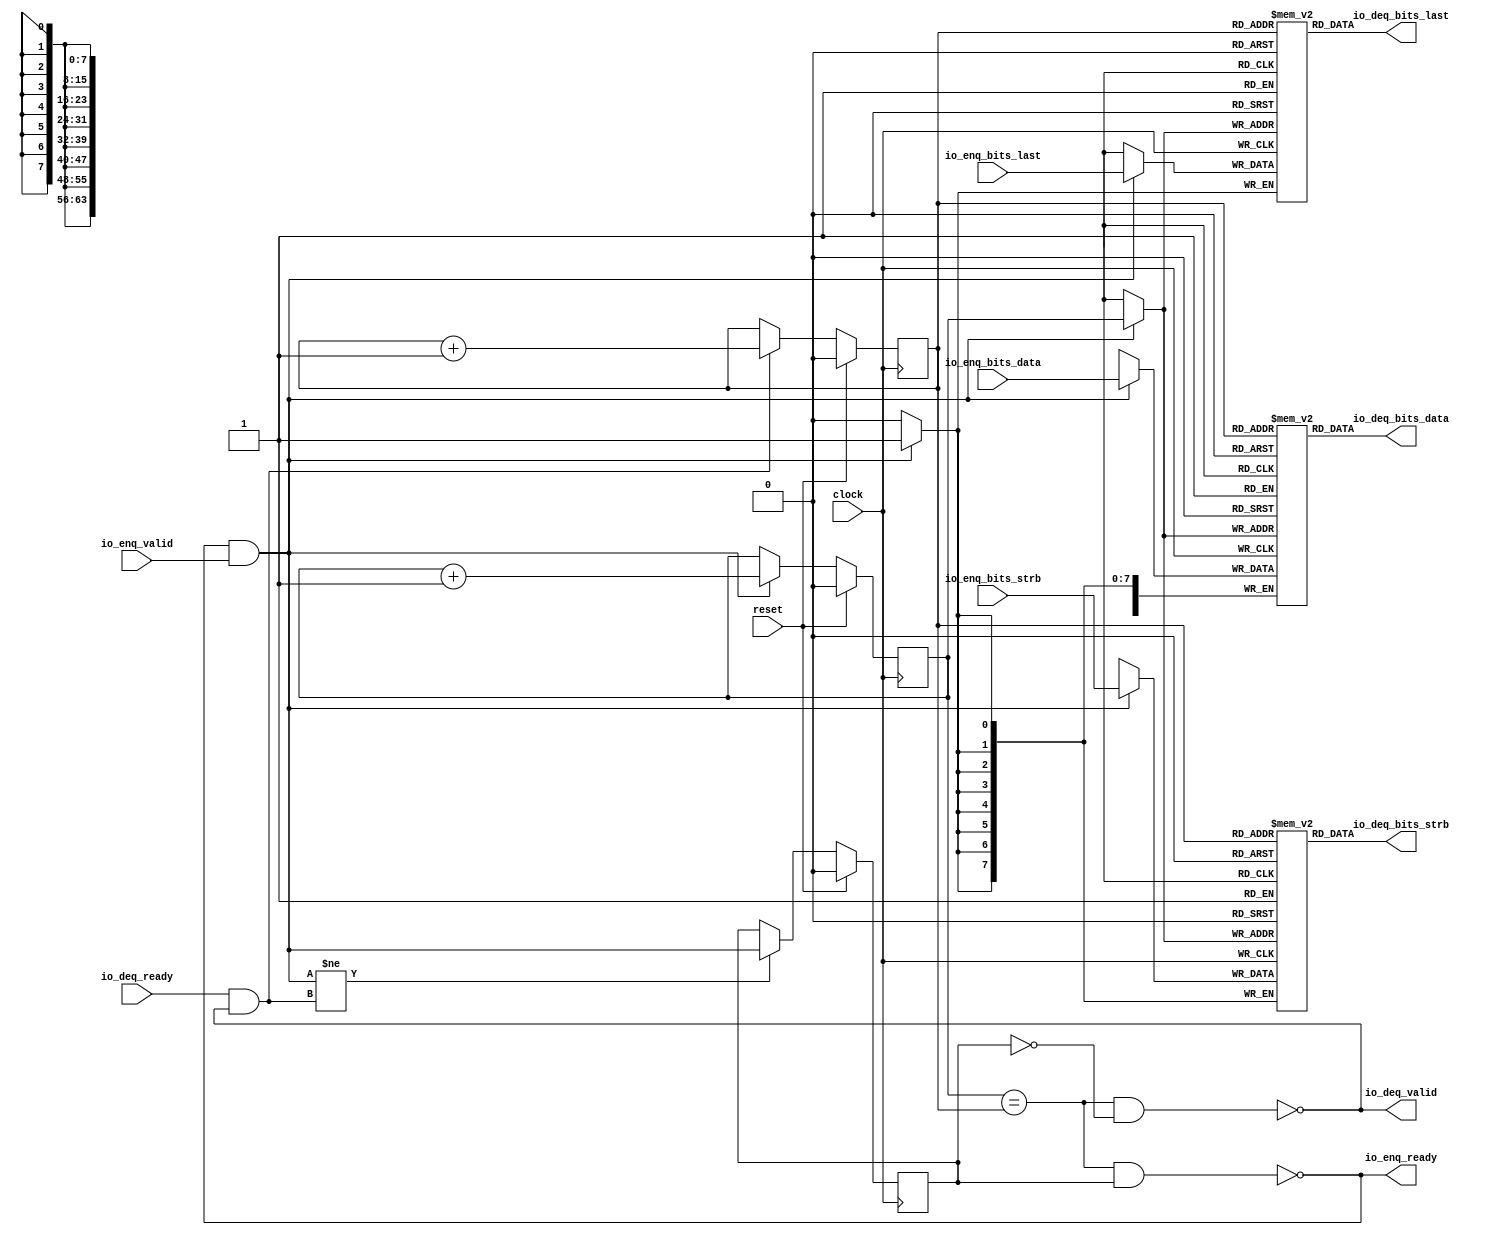
// Copyright (c) 2017, Microsemi Corporation
// All rights reserved.
//
// Redistribution and use in source and binary forms, with or without
// modification, are permitted provided that the following conditions are met:
//     * Redistributions of source code must retain the above copyright
//       notice, this list of conditions and the following disclaimer.
//     * Redistributions in binary form must reproduce the above copyright
//       notice, this list of conditions and the following disclaimer in the
//       documentation and/or other materials provided with the distribution.
//     * Neither the name of the <organization> nor the
//       names of its contributors may be used to endorse or promote products
//       derived from this software without specific prior written permission.
//
// THIS SOFTWARE IS PROVIDED BY THE COPYRIGHT HOLDERS AND CONTRIBUTORS "AS IS" AND
// ANY EXPRESS OR IMPLIED WARRANTIES, INCLUDING, BUT NOT LIMITED TO, THE IMPLIED
// WARRANTIES OF MERCHANTABILITY AND FITNESS FOR A PARTICULAR PURPOSE ARE
// DISCLAIMED. IN NO EVENT SHALL MICROSEMI CORPORATIONM BE LIABLE FOR ANY
// DIRECT, INDIRECT, INCIDENTAL, SPECIAL, EXEMPLARY, OR CONSEQUENTIAL DAMAGES
// (INCLUDING, BUT NOT LIMITED TO, PROCUREMENT OF SUBSTITUTE GOODS OR SERVICES;
// LOSS OF USE, DATA, OR PROFITS; OR BUSINESS INTERRUPTION) HOWEVER CAUSED AND
// ON ANY THEORY OF LIABILITY, WHETHER IN CONTRACT, STRICT LIABILITY, OR TORT
// (INCLUDING NEGLIGENCE OR OTHERWISE) ARISING IN ANY WAY OUT OF THE USE OF THIS
// SOFTWARE, EVEN IF ADVISED OF THE POSSIBILITY OF SUCH DAMAGE.
//
// APACHE LICENSE
// Copyright (c) 2017, Microsemi Corporation 
//
// Licensed under the Apache License, Version 2.0 (the "License");
// you may not use this file except in compliance with the License.
// You may obtain a copy of the License at
//
//    http://www.apache.org/licenses/LICENSE-2.0
//
// Unless required by applicable law or agreed to in writing, software
// distributed under the License is distributed on an "AS IS" BASIS,
// WITHOUT WARRANTIES OR CONDITIONS OF ANY KIND, either express or implied.
// See the License for the specific language governing permissions and
// limitations under the License.
//
// Description:
//
// SVN Revision Information:
// SVN $Revision: $
// SVN $Date: $
//
// Resolved SARs
// SAR      Date     Who   Description
//
// Notes:
//
// ****************************************************************************/
`ifndef RANDOMIZE_REG_INIT 
	 `define RANDOMIZE_REG_INIT 
 `endif
`ifndef RANDOMIZE_MEM_INIT 
	 `define RANDOMIZE_MEM_INIT 
 `endif
`ifndef RANDOMIZE 
	 `define RANDOMIZE 
`endif

`timescale 1ns/10ps
module MiV_AXI_MiV_AXI_0_MIV_RV32IMA_L1_AXI_QUEUE_29( // @[:freechips.rocketchip.system.MivRV32ImaL1AhbConfig.fir@113620.2]
  input         clock, // @[:freechips.rocketchip.system.MivRV32ImaL1AhbConfig.fir@113621.4]
  input         reset, // @[:freechips.rocketchip.system.MivRV32ImaL1AhbConfig.fir@113622.4]
  output        io_enq_ready, // @[:freechips.rocketchip.system.MivRV32ImaL1AhbConfig.fir@113623.4]
  input         io_enq_valid, // @[:freechips.rocketchip.system.MivRV32ImaL1AhbConfig.fir@113623.4]
  input  [63:0] io_enq_bits_data, // @[:freechips.rocketchip.system.MivRV32ImaL1AhbConfig.fir@113623.4]
  input  [7:0]  io_enq_bits_strb, // @[:freechips.rocketchip.system.MivRV32ImaL1AhbConfig.fir@113623.4]
  input         io_enq_bits_last, // @[:freechips.rocketchip.system.MivRV32ImaL1AhbConfig.fir@113623.4]
  input         io_deq_ready, // @[:freechips.rocketchip.system.MivRV32ImaL1AhbConfig.fir@113623.4]
  output        io_deq_valid, // @[:freechips.rocketchip.system.MivRV32ImaL1AhbConfig.fir@113623.4]
  output [63:0] io_deq_bits_data, // @[:freechips.rocketchip.system.MivRV32ImaL1AhbConfig.fir@113623.4]
  output [7:0]  io_deq_bits_strb, // @[:freechips.rocketchip.system.MivRV32ImaL1AhbConfig.fir@113623.4]
  output        io_deq_bits_last // @[:freechips.rocketchip.system.MivRV32ImaL1AhbConfig.fir@113623.4]
);
  reg [63:0] ram_data [0:1] /* synthesis syn_ramstyle = "registers" */; // @[Decoupled.scala 211:24:freechips.rocketchip.system.MivRV32ImaL1AhbConfig.fir@113625.4]
  reg [63:0] _RAND_0;
  wire [63:0] ram_data__T_50_data; // @[Decoupled.scala 211:24:freechips.rocketchip.system.MivRV32ImaL1AhbConfig.fir@113625.4]
  wire  ram_data__T_50_addr; // @[Decoupled.scala 211:24:freechips.rocketchip.system.MivRV32ImaL1AhbConfig.fir@113625.4]
  wire [63:0] ram_data__T_36_data; // @[Decoupled.scala 211:24:freechips.rocketchip.system.MivRV32ImaL1AhbConfig.fir@113625.4]
  wire  ram_data__T_36_addr; // @[Decoupled.scala 211:24:freechips.rocketchip.system.MivRV32ImaL1AhbConfig.fir@113625.4]
  wire  ram_data__T_36_mask; // @[Decoupled.scala 211:24:freechips.rocketchip.system.MivRV32ImaL1AhbConfig.fir@113625.4]
  wire  ram_data__T_36_en; // @[Decoupled.scala 211:24:freechips.rocketchip.system.MivRV32ImaL1AhbConfig.fir@113625.4]
  reg [7:0] ram_strb [0:1] /* synthesis syn_ramstyle = "registers" */; // @[Decoupled.scala 211:24:freechips.rocketchip.system.MivRV32ImaL1AhbConfig.fir@113625.4]
  reg [31:0] _RAND_1;
  wire [7:0] ram_strb__T_50_data; // @[Decoupled.scala 211:24:freechips.rocketchip.system.MivRV32ImaL1AhbConfig.fir@113625.4]
  wire  ram_strb__T_50_addr; // @[Decoupled.scala 211:24:freechips.rocketchip.system.MivRV32ImaL1AhbConfig.fir@113625.4]
  wire [7:0] ram_strb__T_36_data; // @[Decoupled.scala 211:24:freechips.rocketchip.system.MivRV32ImaL1AhbConfig.fir@113625.4]
  wire  ram_strb__T_36_addr; // @[Decoupled.scala 211:24:freechips.rocketchip.system.MivRV32ImaL1AhbConfig.fir@113625.4]
  wire  ram_strb__T_36_mask; // @[Decoupled.scala 211:24:freechips.rocketchip.system.MivRV32ImaL1AhbConfig.fir@113625.4]
  wire  ram_strb__T_36_en; // @[Decoupled.scala 211:24:freechips.rocketchip.system.MivRV32ImaL1AhbConfig.fir@113625.4]
  reg  ram_last [0:1]; // @[Decoupled.scala 211:24:freechips.rocketchip.system.MivRV32ImaL1AhbConfig.fir@113625.4]
  reg [31:0] _RAND_2;
  wire  ram_last__T_50_data; // @[Decoupled.scala 211:24:freechips.rocketchip.system.MivRV32ImaL1AhbConfig.fir@113625.4]
  wire  ram_last__T_50_addr; // @[Decoupled.scala 211:24:freechips.rocketchip.system.MivRV32ImaL1AhbConfig.fir@113625.4]
  wire  ram_last__T_36_data; // @[Decoupled.scala 211:24:freechips.rocketchip.system.MivRV32ImaL1AhbConfig.fir@113625.4]
  wire  ram_last__T_36_addr; // @[Decoupled.scala 211:24:freechips.rocketchip.system.MivRV32ImaL1AhbConfig.fir@113625.4]
  wire  ram_last__T_36_mask; // @[Decoupled.scala 211:24:freechips.rocketchip.system.MivRV32ImaL1AhbConfig.fir@113625.4]
  wire  ram_last__T_36_en; // @[Decoupled.scala 211:24:freechips.rocketchip.system.MivRV32ImaL1AhbConfig.fir@113625.4]
  reg  value; // @[Counter.scala 26:33:freechips.rocketchip.system.MivRV32ImaL1AhbConfig.fir@113626.4]
  reg [31:0] _RAND_3;
  reg  value_1; // @[Counter.scala 26:33:freechips.rocketchip.system.MivRV32ImaL1AhbConfig.fir@113627.4]
  reg [31:0] _RAND_4;
  reg  maybe_full; // @[Decoupled.scala 214:35:freechips.rocketchip.system.MivRV32ImaL1AhbConfig.fir@113628.4]
  reg [31:0] _RAND_5;
  wire  _T_28; // @[Decoupled.scala 216:41:freechips.rocketchip.system.MivRV32ImaL1AhbConfig.fir@113629.4]
  wire  _T_30; // @[Decoupled.scala 217:36:freechips.rocketchip.system.MivRV32ImaL1AhbConfig.fir@113630.4]
  wire  empty; // @[Decoupled.scala 217:33:freechips.rocketchip.system.MivRV32ImaL1AhbConfig.fir@113631.4]
  wire  _T_31; // @[Decoupled.scala 218:32:freechips.rocketchip.system.MivRV32ImaL1AhbConfig.fir@113632.4]
  wire  do_enq; // @[Decoupled.scala 30:37:freechips.rocketchip.system.MivRV32ImaL1AhbConfig.fir@113633.4]
  wire  do_deq; // @[Decoupled.scala 30:37:freechips.rocketchip.system.MivRV32ImaL1AhbConfig.fir@113636.4]
  wire [1:0] _T_39; // @[Counter.scala 35:22:freechips.rocketchip.system.MivRV32ImaL1AhbConfig.fir@113645.6]
  wire  _T_40; // @[Counter.scala 35:22:freechips.rocketchip.system.MivRV32ImaL1AhbConfig.fir@113646.6]
  wire  _GEN_6; // @[Decoupled.scala 222:17:freechips.rocketchip.system.MivRV32ImaL1AhbConfig.fir@113639.4]
  wire [1:0] _T_43; // @[Counter.scala 35:22:freechips.rocketchip.system.MivRV32ImaL1AhbConfig.fir@113651.6]
  wire  _T_44; // @[Counter.scala 35:22:freechips.rocketchip.system.MivRV32ImaL1AhbConfig.fir@113652.6]
  wire  _GEN_7; // @[Decoupled.scala 226:17:freechips.rocketchip.system.MivRV32ImaL1AhbConfig.fir@113649.4]
  wire  _T_45; // @[Decoupled.scala 229:16:freechips.rocketchip.system.MivRV32ImaL1AhbConfig.fir@113655.4]
  wire  _GEN_8; // @[Decoupled.scala 229:27:freechips.rocketchip.system.MivRV32ImaL1AhbConfig.fir@113656.4]
  wire  _T_47; // @[Decoupled.scala 233:19:freechips.rocketchip.system.MivRV32ImaL1AhbConfig.fir@113659.4]
  wire  _T_49; // @[Decoupled.scala 234:19:freechips.rocketchip.system.MivRV32ImaL1AhbConfig.fir@113661.4]
  assign ram_data__T_50_addr = value_1;
  assign ram_data__T_50_data = ram_data[ram_data__T_50_addr]; // @[Decoupled.scala 211:24:freechips.rocketchip.system.MivRV32ImaL1AhbConfig.fir@113625.4]
  assign ram_data__T_36_data = io_enq_bits_data;
  assign ram_data__T_36_addr = value;
  assign ram_data__T_36_mask = do_enq;
  assign ram_data__T_36_en = do_enq;
  assign ram_strb__T_50_addr = value_1;
  assign ram_strb__T_50_data = ram_strb[ram_strb__T_50_addr]; // @[Decoupled.scala 211:24:freechips.rocketchip.system.MivRV32ImaL1AhbConfig.fir@113625.4]
  assign ram_strb__T_36_data = io_enq_bits_strb;
  assign ram_strb__T_36_addr = value;
  assign ram_strb__T_36_mask = do_enq;
  assign ram_strb__T_36_en = do_enq;
  assign ram_last__T_50_addr = value_1;
  assign ram_last__T_50_data = ram_last[ram_last__T_50_addr]; // @[Decoupled.scala 211:24:freechips.rocketchip.system.MivRV32ImaL1AhbConfig.fir@113625.4]
  assign ram_last__T_36_data = io_enq_bits_last;
  assign ram_last__T_36_addr = value;
  assign ram_last__T_36_mask = do_enq;
  assign ram_last__T_36_en = do_enq;
  assign _T_28 = value == value_1; // @[Decoupled.scala 216:41:freechips.rocketchip.system.MivRV32ImaL1AhbConfig.fir@113629.4]
  assign _T_30 = maybe_full == 1'h0; // @[Decoupled.scala 217:36:freechips.rocketchip.system.MivRV32ImaL1AhbConfig.fir@113630.4]
  assign empty = _T_28 & _T_30; // @[Decoupled.scala 217:33:freechips.rocketchip.system.MivRV32ImaL1AhbConfig.fir@113631.4]
  assign _T_31 = _T_28 & maybe_full; // @[Decoupled.scala 218:32:freechips.rocketchip.system.MivRV32ImaL1AhbConfig.fir@113632.4]
  assign do_enq = io_enq_ready & io_enq_valid; // @[Decoupled.scala 30:37:freechips.rocketchip.system.MivRV32ImaL1AhbConfig.fir@113633.4]
  assign do_deq = io_deq_ready & io_deq_valid; // @[Decoupled.scala 30:37:freechips.rocketchip.system.MivRV32ImaL1AhbConfig.fir@113636.4]
  assign _T_39 = value + 1'h1; // @[Counter.scala 35:22:freechips.rocketchip.system.MivRV32ImaL1AhbConfig.fir@113645.6]
  assign _T_40 = _T_39[0:0]; // @[Counter.scala 35:22:freechips.rocketchip.system.MivRV32ImaL1AhbConfig.fir@113646.6]
  assign _GEN_6 = do_enq ? _T_40 : value; // @[Decoupled.scala 222:17:freechips.rocketchip.system.MivRV32ImaL1AhbConfig.fir@113639.4]
  assign _T_43 = value_1 + 1'h1; // @[Counter.scala 35:22:freechips.rocketchip.system.MivRV32ImaL1AhbConfig.fir@113651.6]
  assign _T_44 = _T_43[0:0]; // @[Counter.scala 35:22:freechips.rocketchip.system.MivRV32ImaL1AhbConfig.fir@113652.6]
  assign _GEN_7 = do_deq ? _T_44 : value_1; // @[Decoupled.scala 226:17:freechips.rocketchip.system.MivRV32ImaL1AhbConfig.fir@113649.4]
  assign _T_45 = do_enq != do_deq; // @[Decoupled.scala 229:16:freechips.rocketchip.system.MivRV32ImaL1AhbConfig.fir@113655.4]
  assign _GEN_8 = _T_45 ? do_enq : maybe_full; // @[Decoupled.scala 229:27:freechips.rocketchip.system.MivRV32ImaL1AhbConfig.fir@113656.4]
  assign _T_47 = empty == 1'h0; // @[Decoupled.scala 233:19:freechips.rocketchip.system.MivRV32ImaL1AhbConfig.fir@113659.4]
  assign _T_49 = _T_31 == 1'h0; // @[Decoupled.scala 234:19:freechips.rocketchip.system.MivRV32ImaL1AhbConfig.fir@113661.4]
  assign io_enq_ready = _T_49;
  assign io_deq_valid = _T_47;
  assign io_deq_bits_data = ram_data__T_50_data;
  assign io_deq_bits_strb = ram_strb__T_50_data;
  assign io_deq_bits_last = ram_last__T_50_data;
`ifdef RANDOMIZE
  integer initvar;
  initial begin
    `ifndef verilator
      #0.002 begin end
    `endif
  _RAND_0 = {2{32'b0}};
  `ifdef RANDOMIZE_MEM_INIT
  for (initvar = 0; initvar < 2; initvar = initvar+1)
    ram_data[initvar] = _RAND_0[63:0];
  `endif // RANDOMIZE_MEM_INIT
  _RAND_1 = {1{32'b0}};
  `ifdef RANDOMIZE_MEM_INIT
  for (initvar = 0; initvar < 2; initvar = initvar+1)
    ram_strb[initvar] = _RAND_1[7:0];
  `endif // RANDOMIZE_MEM_INIT
  _RAND_2 = {1{32'b0}};
  `ifdef RANDOMIZE_MEM_INIT
  for (initvar = 0; initvar < 2; initvar = initvar+1)
    ram_last[initvar] = _RAND_2[0:0];
  `endif // RANDOMIZE_MEM_INIT
  `ifdef RANDOMIZE_REG_INIT
  _RAND_3 = {1{32'b0}};
  value = _RAND_3[0:0];
  `endif // RANDOMIZE_REG_INIT
  `ifdef RANDOMIZE_REG_INIT
  _RAND_4 = {1{32'b0}};
  value_1 = _RAND_4[0:0];
  `endif // RANDOMIZE_REG_INIT
  `ifdef RANDOMIZE_REG_INIT
  _RAND_5 = {1{32'b0}};
  maybe_full = _RAND_5[0:0];
  `endif // RANDOMIZE_REG_INIT
  end
`endif // RANDOMIZE
  always @(posedge clock) begin
    if(ram_data__T_36_en & ram_data__T_36_mask) begin
      ram_data[ram_data__T_36_addr] <= ram_data__T_36_data; // @[Decoupled.scala 211:24:freechips.rocketchip.system.MivRV32ImaL1AhbConfig.fir@113625.4]
    end
    if(ram_strb__T_36_en & ram_strb__T_36_mask) begin
      ram_strb[ram_strb__T_36_addr] <= ram_strb__T_36_data; // @[Decoupled.scala 211:24:freechips.rocketchip.system.MivRV32ImaL1AhbConfig.fir@113625.4]
    end
    if(ram_last__T_36_en & ram_last__T_36_mask) begin
      ram_last[ram_last__T_36_addr] <= ram_last__T_36_data; // @[Decoupled.scala 211:24:freechips.rocketchip.system.MivRV32ImaL1AhbConfig.fir@113625.4]
    end
    if (reset) begin
      value <= 1'h0;
    end else begin
      if (do_enq) begin
        value <= _T_40;
      end
    end
    if (reset) begin
      value_1 <= 1'h0;
    end else begin
      if (do_deq) begin
        value_1 <= _T_44;
      end
    end
    if (reset) begin
      maybe_full <= 1'h0;
    end else begin
      if (_T_45) begin
        maybe_full <= do_enq;
      end
    end
  end
endmodule